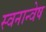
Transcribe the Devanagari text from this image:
स्वनान्वेष